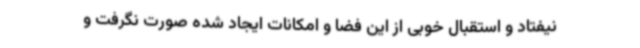
نیفتاد و استقبال خوبی از این فضا و امکانات ایجاد شده صورت نگرفت و